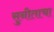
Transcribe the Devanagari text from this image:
सुनीताचा